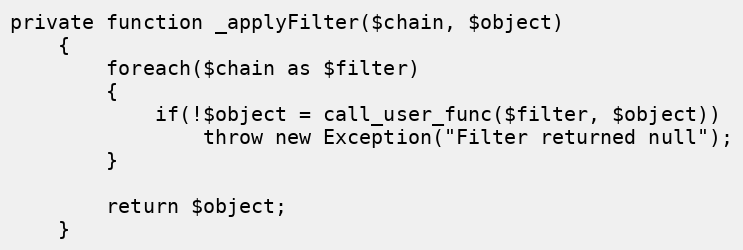
Language: PHP
private function _applyFilter($chain, $object)
	{
		foreach($chain as $filter)
		{
			if(!$object = call_user_func($filter, $object))
				throw new Exception("Filter returned null");
		}

		return $object;
	}